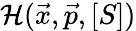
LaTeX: \mathcal{H}(\vec{x},\vec{p},[S])